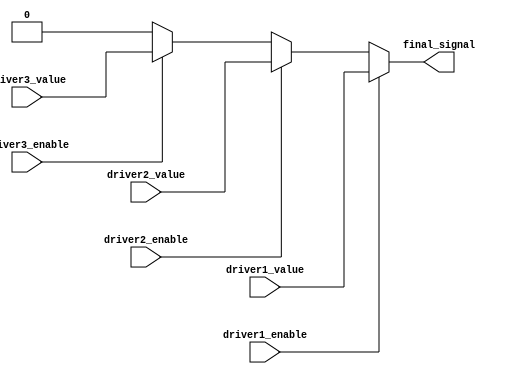
module multiple_drivers (
    input wire driver1_enable,
    input wire driver2_enable,
    input wire driver3_enable,
    input wire driver1_value,
    input wire driver2_value,
    input wire driver3_value,
    output wire final_signal
);

// Internal wire to hold the resolved value
wire resolved_value;

// Priority encoding logic
assign resolved_value = (driver1_enable) ? driver1_value : 
                        (driver2_enable) ? driver2_value : 
                        (driver3_enable) ? driver3_value : 
                        1'b0; // Default value if no driver is enabled

// Continuous assignment to the final signal
assign final_signal = resolved_value;

endmodule